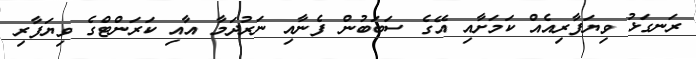
ރަނގަޅު ވިޔަފާރިއެއް ކަމަށާއި އޭގެ ސަބަބުން ފެނާއި ނަރުދަމާ އާއި ކަރަންޓްގެ ވިޔަފާރި